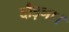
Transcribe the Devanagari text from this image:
दौड़ना।